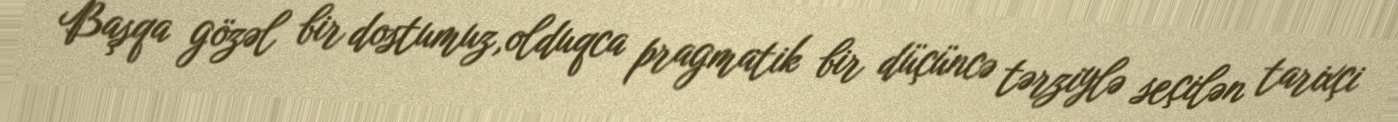
Başqa gözəl bir dostumuz,olduqca pragmatik bir düçüncə tərziylə seçilən tarixçi